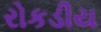
રોકડીય